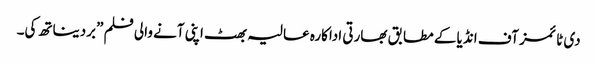
دی ٹائمز آف انڈیا کے مطابق بھارتی اداکارہ عالیہ بھٹ اپنی آنے والی فلم ”بردیناتھ کی۔